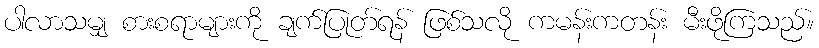
ပါလာသမျှ စားစရာများကို ချက်ပြုတ်ရန် ဖြစ်သလို ကမန်းကတန်း မီးဖိုကြသည်။